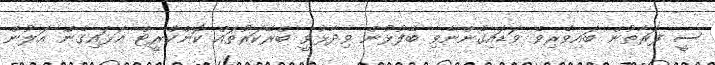
ސީ ފަރާތުން ބައިވެރިވެ ވަޑައިގެންނެވި ބޭފުޅުން ވިދާޅުވީ ބްރޭކަރުތައް ކޮންކްރީޓް އަޅައިގެން އަލުން